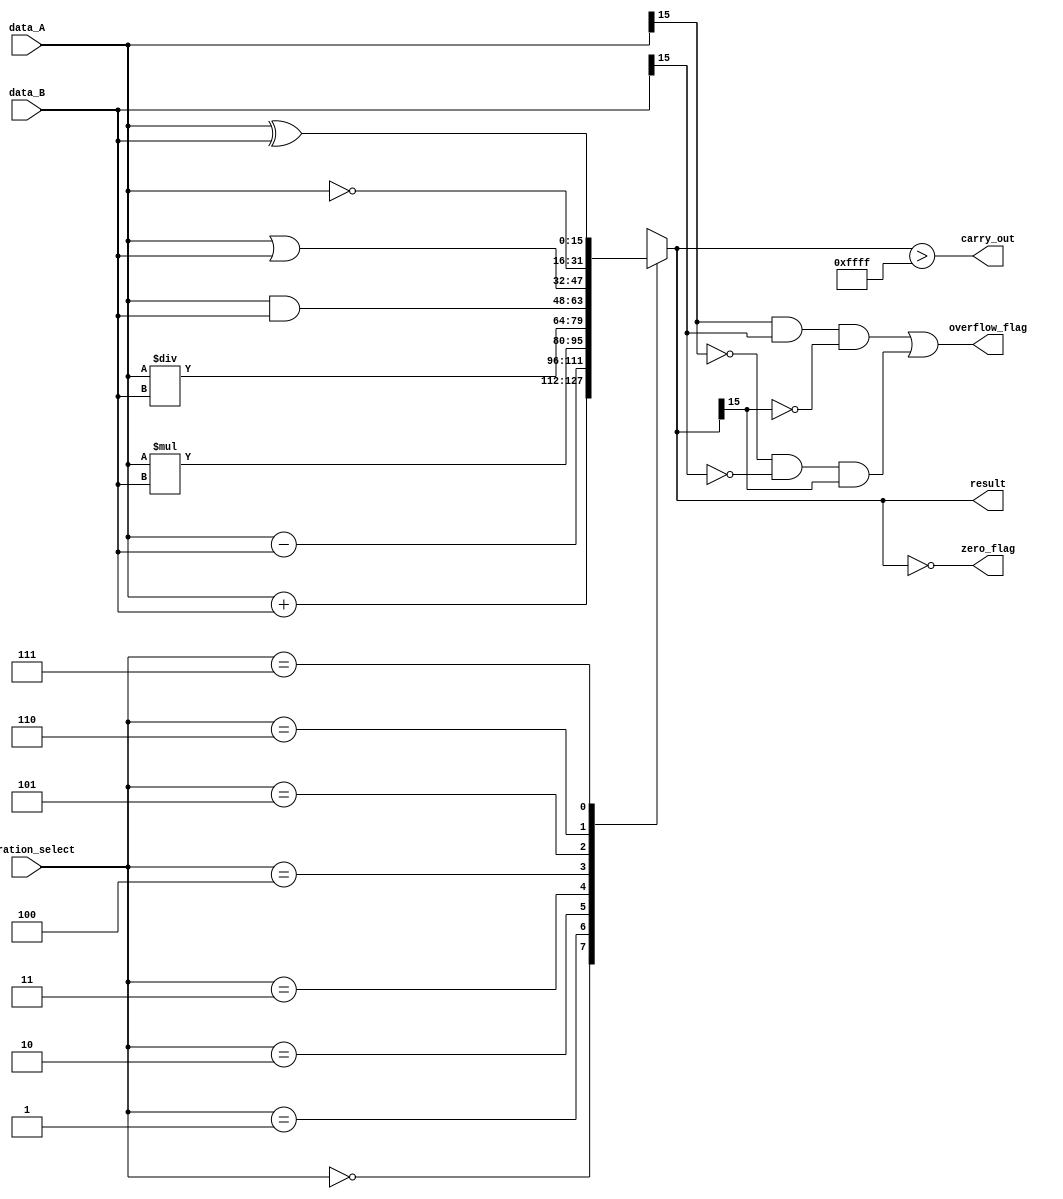
module ALU_16bit(
    input [15:0] data_A,
    input [15:0] data_B,
    input [2:0] operation_select,
    output reg [15:0] result,
    output reg zero_flag,
    output reg carry_out,
    output reg overflow_flag
);

always @(*)
begin
    case(operation_select)
        3'b000: result = data_A + data_B;
        3'b001: result = data_A - data_B;
        3'b010: result = data_A * data_B;
        3'b011: result = data_A / data_B;
        3'b100: result = data_A & data_B;
        3'b101: result = data_A | data_B;
        3'b110: result = ~data_A;
        3'b111: result = data_A ^ data_B;
    endcase
    
    zero_flag = (result == 16'b0);
    carry_out = (result > 16'b1111111111111111);
    overflow_flag = ((data_A[15] & data_B[15] & ~result[15]) | (~data_A[15] & ~data_B[15] & result[15]));
end

endmodule